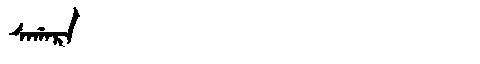
Manchu: ᠰᠠᡤᠠᡵᠠ
Romanization: SAGARA